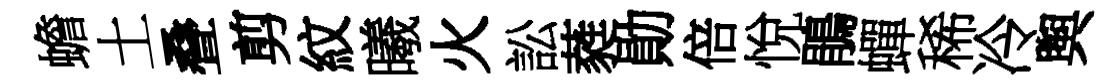
蟾土叠剪紋曦火訟蕤勛倍悅鵑蟬稀冷舆